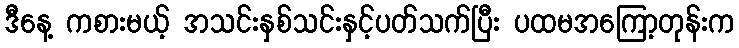
ဒီနေ့ ကစားမယ့် အသင်းနှစ်သင်းနှင့်ပတ်သက်ပြီး ပထမအကြော့တုန်းက